Lunatic asylums Punjab 1881-1894 - 1881-1894
Year: 1881
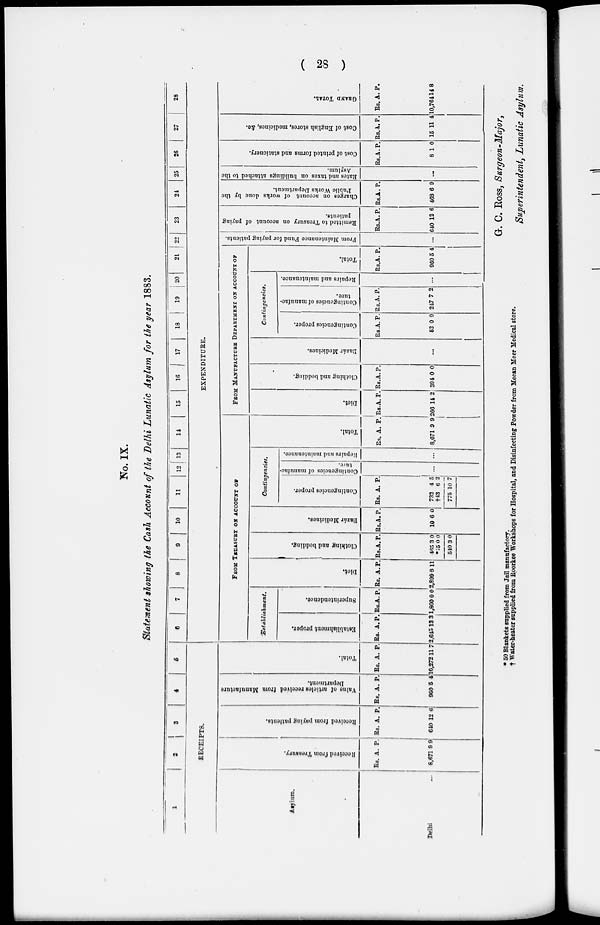
( 28 )
No. IX.
Statement showing the Cash Account of the Delhi Lunatic Asylum for the year 1883.
1
2
3
4
5
RECEIPTS.
Asylum.
Delhi ...
Received
from Treasury.
Rs.
8,671
A.
9
P.
9
Received from paying patients.
Rs.
640
A.
12
P.
6
Value
of articles received from Manufacture
Department.
Rs.
960
A.
5
P.
4
Total.
Rs.
10,272
A.
11
P.
7
6
7
8
9
10
11
12 13
14
15
16
17
18
19
20
21
22
23
24
25
26
27
28
EXPENDITURE.
FROM TREASURY ON ACCOUNT OF
Establishment.
Establishment proper.
Rs.
2,645
A.
13
P.
3
Superintendence.
Rs.
1,800
A.
0
P.
0
Diet.
Rs.
2,899
A.
8
P.
11
Clothing and bedding.
Rs.
465
*75
540
A.
3
0
3
P.
0
0
0
Bazár Medicines.
Rs.
10
A.
6
P.
0
Contingencies.
Contingencies proper.
Rs.
732
†43
775
A.
4
6
10
P.
5
2
7
Contingencies of manufac-
ture.
Repai r s and mai nt enance.
...
Total.
Rs.
8,671
A.
9
P.
9
FROM MANUFACTURE DEPARTMENT ON ACCOUNT OF
Diet.
Rs.
266
A.
14
P.
2
Clothing
and bedding.
Rs.
394
A.
0
P.
0
Bazár Medicines.
...
Contingencies.
Contingencies proper.
Rs.
52
A.
0
P.
0
Contingencies of manufac-
ture.
Rs.
247
A.
7
P.
2
Repairs and maintenance.
...
Total.
Rs.
960
A.
5
P.
4
Fr om Maintenance Fund for paying patients.
...
Remitted to Treasury on account of paying
patients.
Rs.
640
A.
12
P.
6
Charges on account of works done by the
Public Works Department.
Rs.
468
A.
6
P.
9
Rat es and t
axes on bui l
di ngs at t ached to the
Asylum.
...
Cost of printed forms and stationery.
Rs
8
A.
1
P.
0
Cost of English stores, medicines, &c.
Rs
15
A.
11
P.
4
GRAND TOTAL.
Rs.
10,764
A.
14
P.
8
* 50 Blankets supplied from Jail manufactory.
† Water-heater supplied from Roorkee Workshops for Hospital, and Disinfecting Powder from Meean Meer Medical store.
G. C. Ross, Surgeon-Major,
Superintendent, Lunatic Asylum.